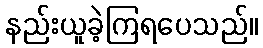
နည်းယူခဲ့ကြရပေသည်။